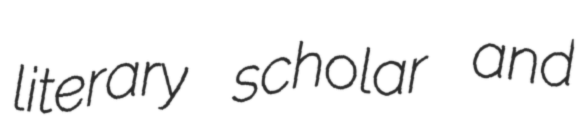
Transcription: literary scholar and